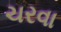
ચરવા